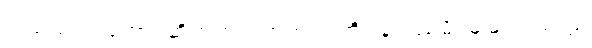
ငါသည်။ ရဟော၊ ဆိတ်ကွယ်ရာအရပ်ကို။ နပဿမိ၊ မမြင်။ ယတ္ထ၊